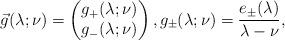
LaTeX: \begin{align*}\vec g(\lambda;\nu)=\begin{pmatrix}g_{+}(\lambda;\nu) \\ g_{-}(\lambda;\nu)\end{pmatrix},g_\pm (\lambda;\nu)= \frac{e_\pm(\lambda)}{\lambda-\nu},\end{align*}